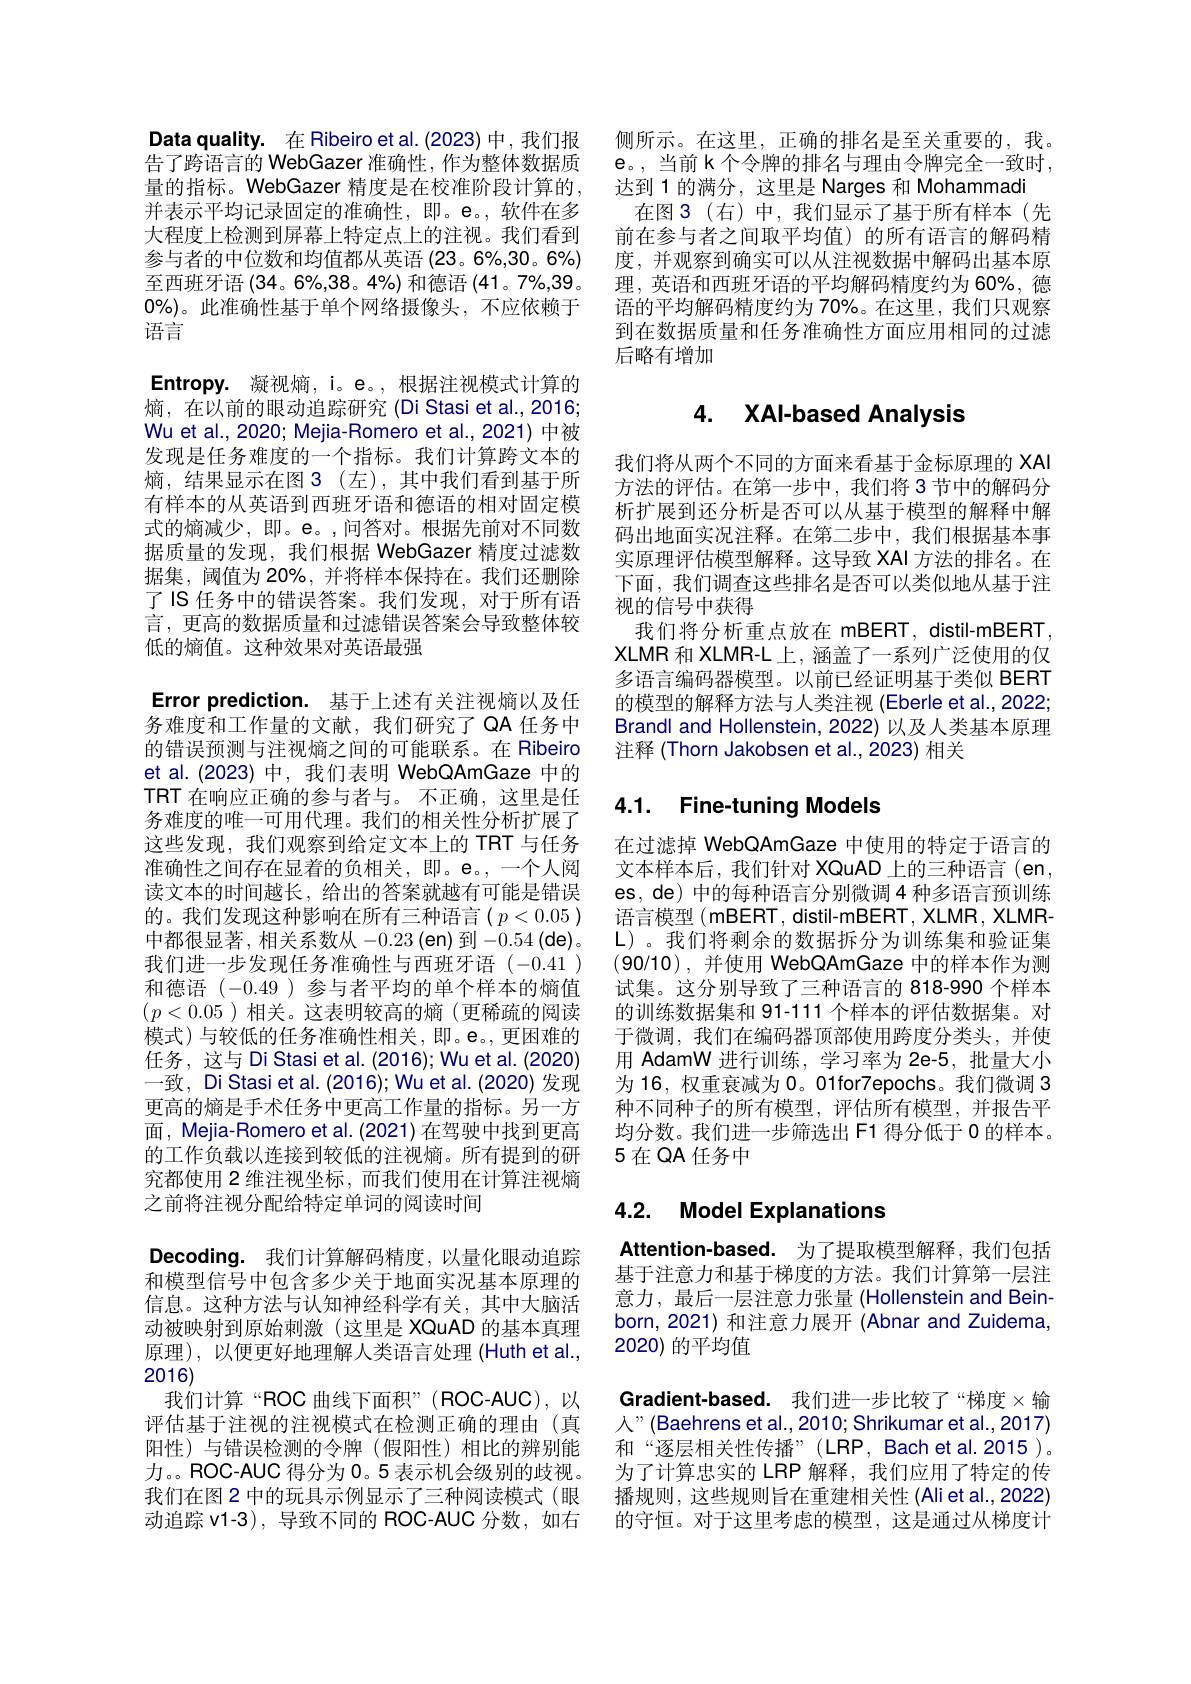
Data quality. 在 Ribeiro et al. (2023) 中，我们报告了跨语言的 WebGazer 准确性，作为整体数据质量的指标。WebGazer 精度是在校准阶段计算的， 并表示平均记录固定的准确性，即。e。,软件在多大程度上检测到屏幕上特定点上的注视。我们看到参与者的中位数和均值都从英语 (23。6%,30。6%) 至西班牙语 (34。6%,38。4%) 和德语 (41。7%,39。$0\%)$。此准确性基于单个网络摄像头，不应依赖于语言
Entropy. 凝视熵，i。e。,根据注视模式计算的熵，在以前的眼动追踪研究(Di Stasi et al.,2016; Wu et al., 2020; Mejia-Romero et al., 2021) 中被发现是任务难度的一个指标。我们计算跨文本的熵，结果显示在图 3(左),其中我们看到基于所有样本的从英语到西班牙语和德语的相对固定模式的熵减少，即。e。,问答对。根据先前对不同数据质量的发现，我们根据 WebGazer 精度过滤数据集，阈值为 20%, 并将样本保持在。我们还删除了IS 任务中的错误答案。我们发现，对于所有语言，更高的数据质量和过滤错误答案会导致整体较低的熵值。这种效果对英语最强
Error prediction. 基于上述有关注视熵以及任务难度和工作量的文献，我们研究了 QA 任务中的错误预测与注视熵之间的可能联系。在 Ribeiro et al.(2023)中，我们表明 WebQAmGaze 中的TRT 在响应正确的参与者与。不正确，这里是任务难度的唯一可用代理。我们的相关性分析扩展了这些发现，我们观察到给定文本上的 TRT 与任务准确性之间存在显着的负相关，即。e。,一个人阅读文本的时间越长，给出的答案就越有可能是错误的。我们发现这种影响在所有三种语言($p<0.05)$ 中都很显著，相关系数从 -0.23 ( en) 到-0.54 ( de) 。我们进一步发现任务准确性与西班牙语(-0.41) 和德语(-0.49)参与者平均的单个样本的熵值$(p<0.05)$相关。这表明较高的熵 (更稀疏的阅读模式)与较低的任务准确性相关，即。e。, 更困难的任务，这与 Di Stasi et al. (2016); Wu et al. (2020) 一致，Di Stasi et al. (2016); Wu et al. (2020) 发现更高的熵是手术任务中更高工作量的指标。另一方面，Mejia-Romero et al. (2021) 在驾驶中找到更高的工作负载以连接到较低的注视熵。所有提到的研究都使用 2 维注视坐标，而我们使用在计算注视熵之前将注视分配给特定单词的阅读时间
Decoding. 我们计算解码精度，以量化眼动追踪和模型信号中包含多少关于地面实况基本原理的信息。这种方法与认知神经科学有关，其中大脑活

原理),以便更好地理解人类语言处理(Huth et al.,
2016)

动被映射到原始刺激(这里是 XQuAD 的基本真理
我们计算“ROC 曲线下面积”(ROC-AUC),以评估基于注视的注视模式在检测正确的理由(真阳性)与错误检测的令牌(假阳性)相比的辨别能力。。ROC-AUC 得分为 0。5 表示机会级别的歧视。我们在图 2 中的玩具示例显示了三种阅读模式(眼动追踪 v1-3),导致不同的 ROC-AUC 分数，如右

侧所示。在这里，正确的排名是至关重要的，我。e。,当前 k 个令牌的排名与理由令牌完全一致时， 达到 1 的满分，这里是 Narges 和 Mohammadi
在图 3(右)中，我们显示了基于所有样本(先前在参与者之间取平均值)的所有语言的解码精度，并观察到确实可以从注视数据中解码出基本原理，英语和西班牙语的平均解码精度约为 60%, 德语的平均解码精度约为 70%。在这里，我们只观察到在数据质量和任务准确性方面应用相同的过滤后略有增加

# 4. XAl-based Analysis

我们将从两个不同的方面来看基于金标原理的 XAI 方法的评估。在第一步中，我们将 3节中的解码分析扩展到还分析是否可以从基于模型的解释中解码出地面实况注释。在第二步中，我们根据基本事实原理评估模型解释。这导致 XAI 方法的排名。在下面，我们调查这些排名是否可以类似地从基于注视的信号中获得
我们将分析重点放在 mBERT, distil-mBERT, XLMR 和 XLMR-L 上，涵盖了一系列广泛使用的仅多语言编码器模型。以前已经证明基于类似 BERT 的模型的解释方法与人类注视 (Eberle et al., 2022; Brandl and Hollenstein, 2022) 以及人类基本原理注释 (Thorn Jakobsen et al., 2023) 相关

# 4.1. Fine-tuning Models

在过滤掉 WebQAmGaze 中使用的特定于语言的文本样本后，我们针对 XQuAD 上的三种语言(en, es, de) 中的每种语言分别微调 4 种多语言预训练语言模型(mBERT, distil-mBERT, XLMR, XLMRL)。我们将剩余的数据拆分为训练集和验证集(90/10),并使用 WebQAmGaze 中的样本作为测试集。这分别导致了三种语言的 818-990 个样本的训练数据集和 91-111 个样本的评估数据集。对于微调，我们在编码器顶部使用跨度分类头，并使用 AdamW 进行训练，学习率为 2e-5,批量大小为 16, 权重衰减为 0。01for7epochs。我们微调 3种不同种子的所有模型，评估所有模型，并报告平均分数。我们进一步筛选出 F1 得分低于 0 的样本。5 在 QA 任务中

# 4.2. Model Explanations

Attention-based. 为了提取模型解释，我们包括基于注意力和基于梯度的方法。我们计算第一层注意力，最后一层注意力张量 (Hollenstein and Beinborn, 2021) 和注意力展开 (Abnar and Zuidema, 2020) 的平均值

Gradient-based. 我们进一步比较了“梯度×输人”(Baehrens et al., 2010; Shrikumar et al., 2017) 和“逐层相关性传播”(LRP,Bachet al.2015)。为了计算忠实的 LRP 解释，我们应用了特定的传播规则，这些规则旨在重建相关性 (Ali et al.,2022) 的守恒。对于这里考虑的模型，这是通过从梯度计